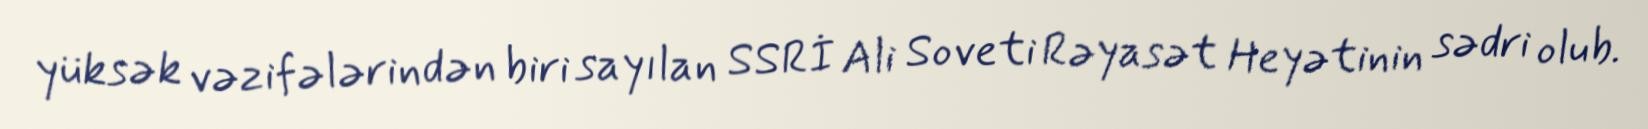
yüksək vəzifələrindən biri sayılan SSRİ Ali Soveti Rəyasət Heyətinin sədri olub.